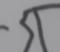
Signature authenticity: forged